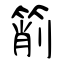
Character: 箾